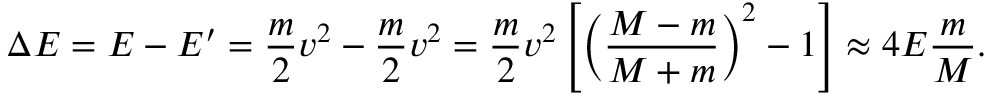
\Delta E = E - E ^ { \prime } = \frac { m } { 2 } v ^ { 2 } - \frac { m } { 2 } v ^ { 2 } = \frac { m } { 2 } v ^ { 2 } \left[ \left( \frac { M - m } { M + m } \right) ^ { 2 } - 1 \right] \approx 4 E \frac { m } { M } .